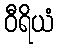
ဝီရိယံ